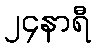
၂၄နာရီ